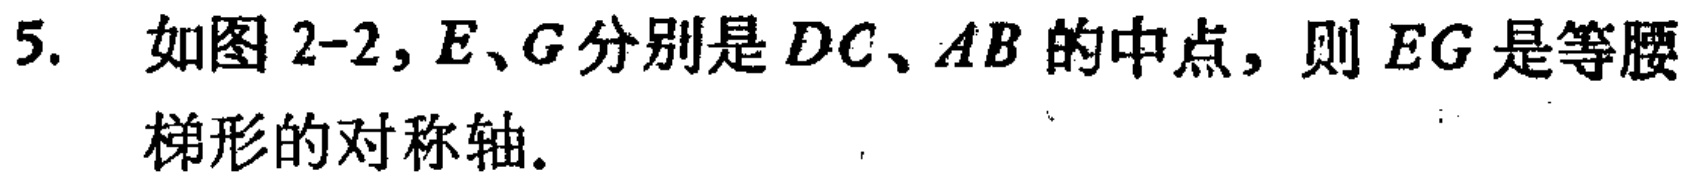
5. 如图2-2, \(E、G\)分别是\(DC、AB\)的中点, 则\(EG\)是等腰梯形的对称轴.